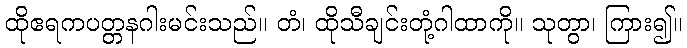
ထိုဧရကပတ္တနဂါးမင်းသည်။ တံ၊ ထိုသီချင်းတုံ့ဂါထာကို။ သုတွာ၊ ကြား၍။